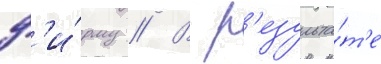
ф'и́рму // В р'езульта́т'е